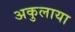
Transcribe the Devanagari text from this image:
अकुलाया